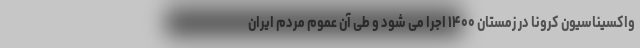
واکسیناسیون کرونا در زمستان ۱۴۰۰ اجرا می شود و طی آن عموم مردم ایران